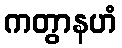
ကတွာနဟံ